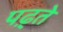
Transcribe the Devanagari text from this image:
पढ़्ते